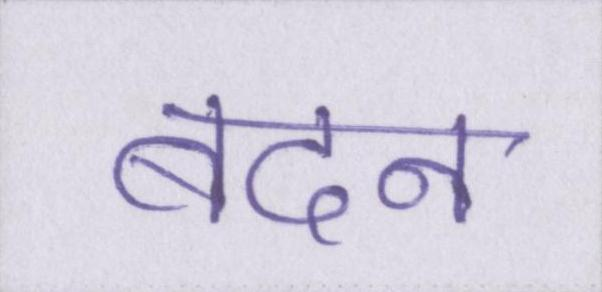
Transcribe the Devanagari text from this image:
बदन